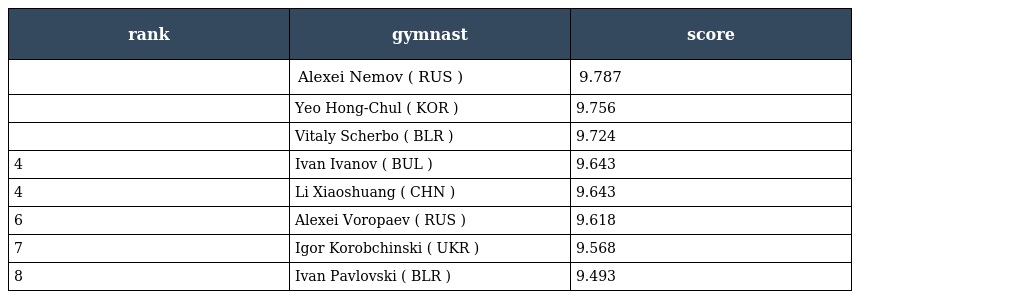
| rank | gymnast | score |
 | --- | --- | --- |
 |  | Alexei Nemov ( RUS ) | 9.787 |
 |  | Yeo Hong-Chul ( KOR ) | 9.756 |
 |  | Vitaly Scherbo ( BLR ) | 9.724 |
 | 4 | Ivan Ivanov ( BUL ) | 9.643 |
 | 4 | Li Xiaoshuang ( CHN ) | 9.643 |
 | 6 | Alexei Voropaev ( RUS ) | 9.618 |
 | 7 | Igor Korobchinski ( UKR ) | 9.568 |
 | 8 | Ivan Pavlovski ( BLR ) | 9.493 |